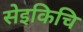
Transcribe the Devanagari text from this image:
सेइकिचि